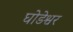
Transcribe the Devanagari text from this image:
घोडेश्वर